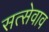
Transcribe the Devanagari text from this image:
सत्सेवाव